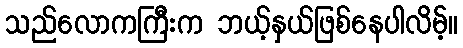
သည်လောကကြီးက ဘယ့်နှယ်ဖြစ်နေပါလိမ့်။